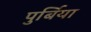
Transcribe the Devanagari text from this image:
पुर्बिया